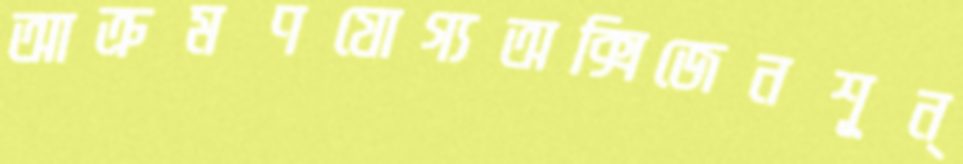
আক্রমণযোগ্যঅক্সিজেনশূন্